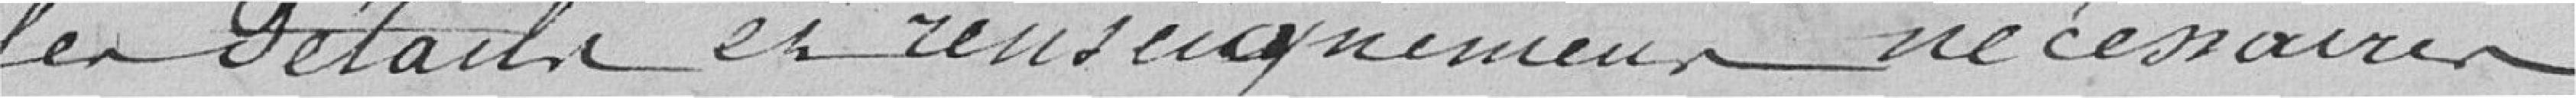
les détails et renseignements nécessaires